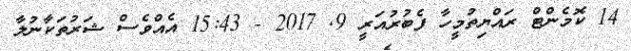
14 ކޮމެންޓް ރައްޔިތުމީހާ ފެބުރުއަރީ 9